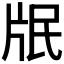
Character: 𭷋